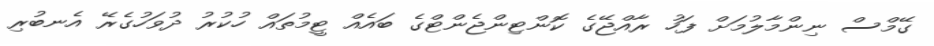
ގޭމްސް ނިންމާލުމަށް ފަހު ރާއްޖޭގެ ކޮންޓިންޖެންޓްގެ ބައެއް ޓީމުތައް ހުކުރު ދުވަހުގެރޭ އެނބުރި